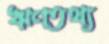
ঋণতথ্য